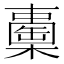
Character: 𣞈